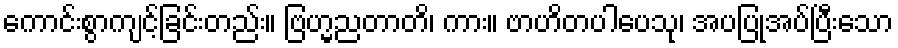
ကောင်းစွာကျင့်ခြင်းတည်း။ ဗြဟ္မညတာတိ၊ ကား။ ဗာဟိတပါပေသု၊ အပပြုအပ်ပြီးသော